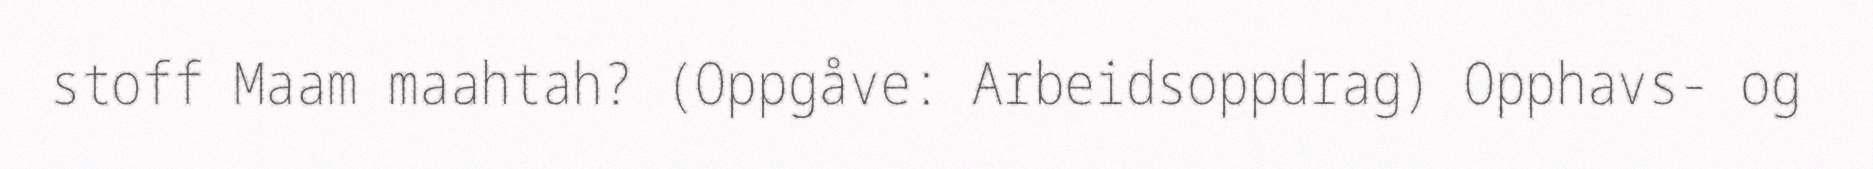
stoff Maam maahtah? (Oppgåve: Arbeidsoppdrag) Opphavs- og